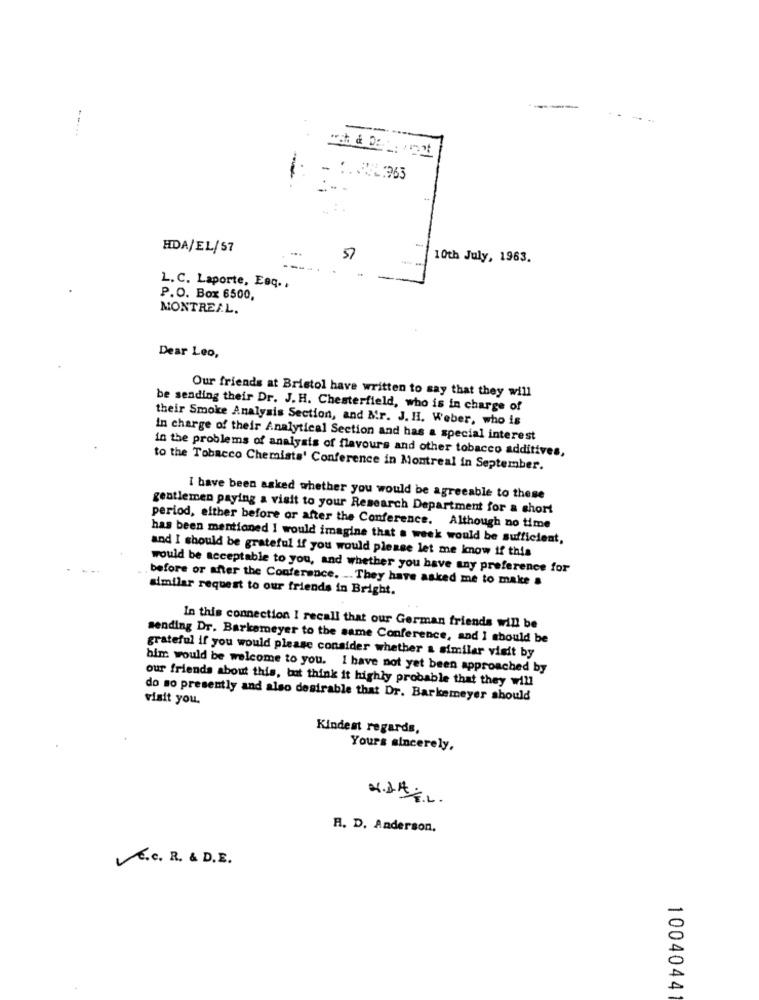
-
- ... FL:363
. .. .
HDA/EL/57
-
57
10th July, 1963.
L.C. Laporte, Esq. .
P.O. Box 6500,
MONTREAL.
Dear Leo,
Our friends at Bristol have written to say that they will
be sending their Dr. J. H. Chesterfield, who is in charge of
their Smoke Analysis Section, and Mr. J. H. Weber, who is
In charge of their Analytical Section and has a special interest
in the problems of analysis of flavours and other tobacco additives,
to the Tobacco Chemists' Conference in Montreal in September.
I have been asked whether you would be agreeable to these
gentlemen paying a visit to your Research Department for a short
period, either before or after the Conference. Although no time
has been mentioned I would imagine that a week would be sufficient,
and I should be grateful if you would please let me know if this
would be acceptable to you, and whether you have any preference for
before or after the Conference. -. They have asked me to make a
similar request to our friends in Bright.
In this connection I recall that our German friends will be
sending Dr. Barkemeyer to the same Conference, and I should be
grateful if you would please consider whether a similar visit by
him would be welcome to you. I have not yet been approached by
our friends about this, but think it highly probable that they will
visit you.
do so presently and also desirable that Dr. Barkemeyer should
Kindest regards,
Yours sincerely,
R. D. Anderson,
V.e. R. & D.E.
1004044